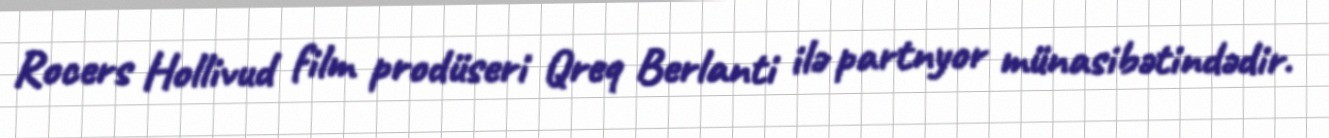
Rocers Hollivud film prodüseri Qreq Berlanti ilə partnyor münasibətindədir.